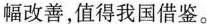
幅改善，值得我国借鉴。